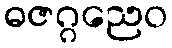
ဓဇဂ္ဂညေဝ